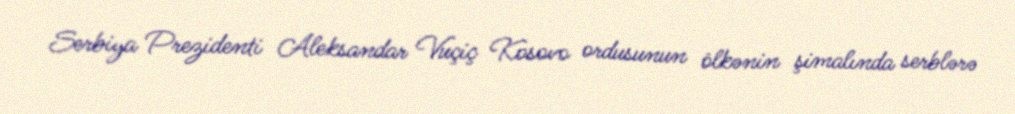
Serbiya Prezidenti Aleksandar Vuçiç Kosovo ordusunun ölkənin şimalında serblərə